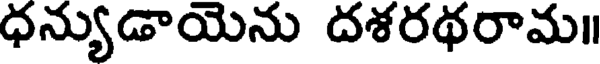
ధన్యుడాయెను దశరథరామ॥